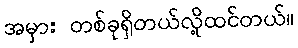
အမှား တစ်ခုရှိတယ်လို့ထင်တယ်။